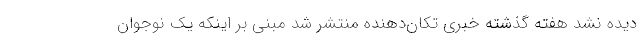
دیده نشد هفته گذشته خبری تکان‌دهنده منتشر شد مبنی بر اینکه یک نوجوان